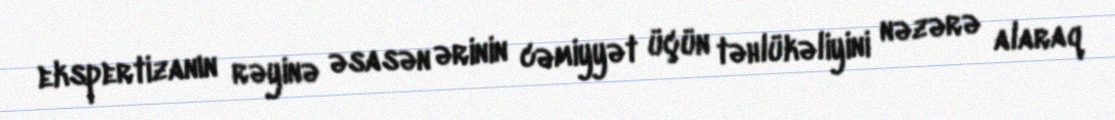
ekspertizanın rəyinə əsasən ərinin cəmiyyət üçün təhlükəliyini nəzərə alaraq